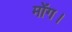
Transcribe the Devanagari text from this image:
मोंग।